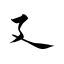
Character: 廴